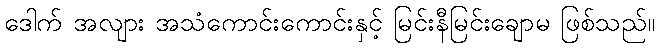
ဒေါက် အလျား အသံကောင်းကောင်းနှင့် မြင်းနီမြင်းချောမ ဖြစ်သည်။